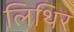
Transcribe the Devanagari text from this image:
लिथिर